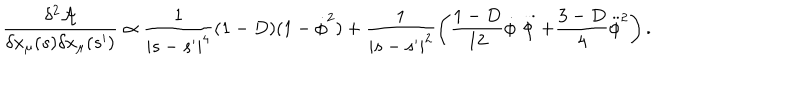
LaTeX: \frac { \delta ^ { 2 } \mathcal { A } } { \delta x _ { \mu } ( s ) \delta x _ { \mu } ( s ^ { \prime } ) } \propto \frac { 1 } { | s - s ^ { \prime } | ^ { 4 } } ( 1 - D ) ( 1 - \dot { \phi } ^ { 2 } ) + \frac { 1 } { | s - s ^ { \prime } | ^ { 2 } } \left( \frac { 1 - D } { 1 2 } \dot { \phi } \stackrel { { \, . . . } } { \phi } + \frac { 3 - D } { 4 } \ddot { \phi } ^ { 2 } \right) .